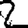
Digit: 2